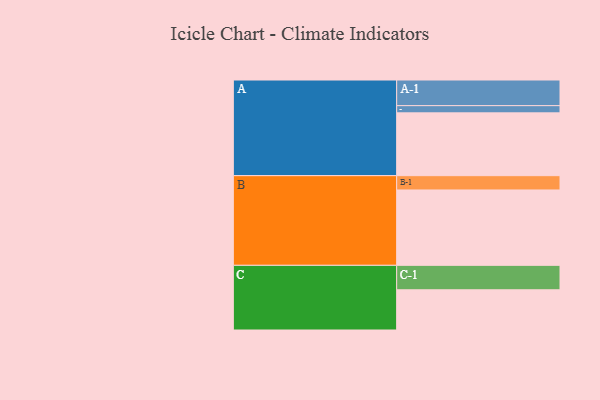
{"axis": {"x": "Segment", "y": "Value"}, "legend": ["", "A", "B", "C"], "data": [{"x": "A", "y": 470, "type": ""}, {"x": "B", "y": 564, "type": ""}, {"x": "C", "y": 301, "type": ""}, {"x": "A-1", "y": 192, "type": "A"}, {"x": "A-2", "y": 54, "type": "A"}, {"x": "B-1", "y": 107, "type": "B"}, {"x": "C-1", "y": 183, "type": "C"}]}